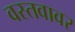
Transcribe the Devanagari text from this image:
वस्तवावर